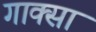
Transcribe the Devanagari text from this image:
गाक्सा